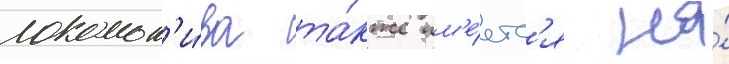
локомот'и́ва та́кже им'е́етс'я на́